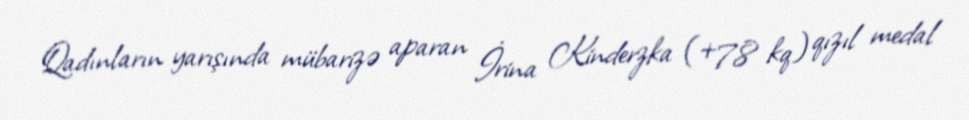
Qadınların yarışında mübarizə aparan İrina Kinderzka (+78 kq) qızıl medal